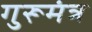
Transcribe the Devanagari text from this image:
गुरूमंत्र